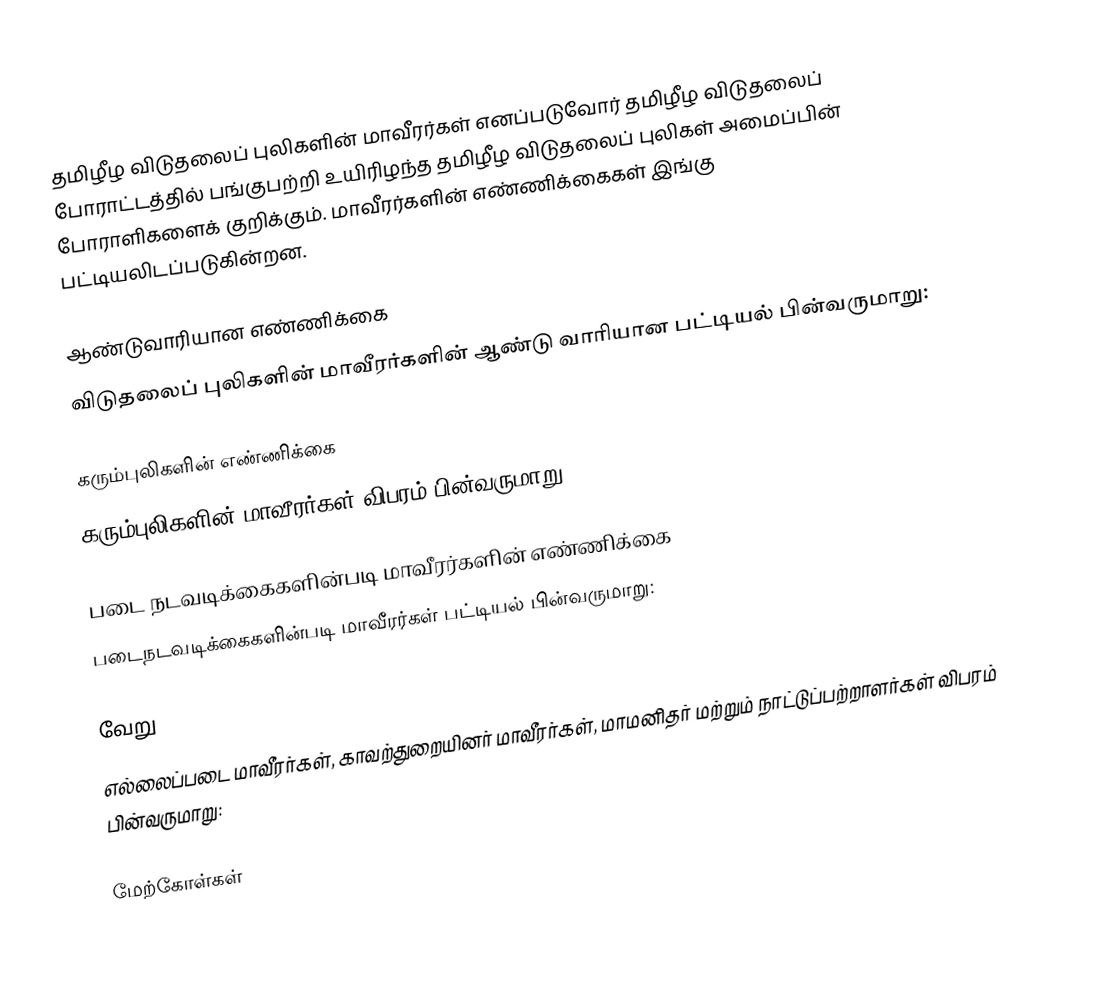
தமிழீழ விடுதலைப் புலிகளின் மாவீரர்கள் எனப்படுவோர் தமிழீழ விடுதலைப் போராட்டத்தில் பங்குபற்றி உயிரிழந்த தமிழீழ விடுதலைப் புலிகள் அமைப்பின் போராளிகளைக் குறிக்கும். மாவீரர்களின் எண்ணிக்கைகள் இங்கு பட்டியலிடப்படுகின்றன.

ஆண்டுவாரியான எண்ணிக்கை
விடுதலைப் புலிகளின் மாவீரர்களின் ஆண்டு வாரியான பட்டியல் பின்வருமாறு:

கரும்புலிகளின் எண்ணிக்கை
கரும்புலிகளின் மாவீரர்கள் விபரம் பின்வருமாறு:

படை நடவடிக்கைகளின்படி மாவீரர்களின் எண்ணிக்கை
படைநடவடிக்கைகளின்படி மாவீரர்கள் பட்டியல் பின்வருமாறு:

வேறு
எல்லைப்படை மாவீரர்கள், காவற்துறையினர் மாவீரர்கள், மாமனிதர் மற்றும் நாட்டுப்பற்றாளர்கள் விபரம் பின்வருமாறு:

மேற்கோள்கள்